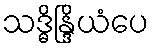
သဒ္ဓိန္ဒြိယံပေ